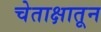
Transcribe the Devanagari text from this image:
चेताक्षातून